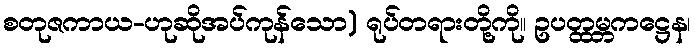
စတုဇကာယ-ဟုဆိုအပ်ကုန်သော) ရုပ်တရားတို့ကို။ ဥပတ္ထမ္ဘကဋ္ဌေန၊